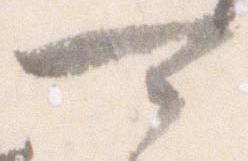
可